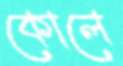
কোলে